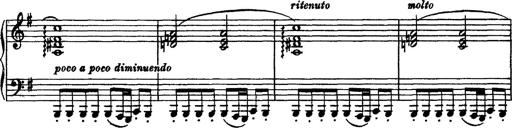
Title: Piano Sonata
Composer: Karl HÃ¤ssler
Key: C major